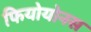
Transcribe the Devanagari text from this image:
फियोयोनस